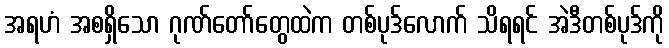
အရဟံ အစရှိသော ဂုဏ်တော်တွေထဲက တစ်ပုဒ်လောက် သိရရင် အဲဒီတစ်ပုဒ်ကို